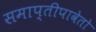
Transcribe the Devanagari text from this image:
समाप्तीपावेतो